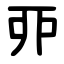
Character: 丣